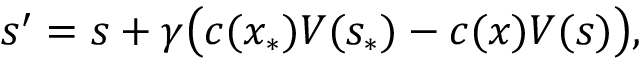
s ^ { \prime } = s + \gamma \bigl ( c ( x _ { \ast } ) V ( s _ { \ast } ) - c ( x ) V ( s ) \bigr ) ,